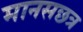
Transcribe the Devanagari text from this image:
मानसछत्र